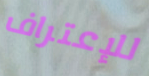
للإعتراف